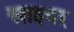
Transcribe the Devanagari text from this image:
खाइबर